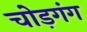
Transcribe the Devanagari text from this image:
चोड़गंग